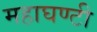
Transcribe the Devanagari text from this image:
महाघण्टी